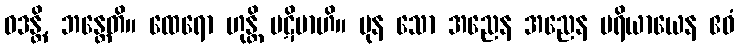
ဝဒန္တိ, ဘန္တေတိ။ ထေရော ဟုန္တိ ပဋိဗာဟိ။ ပုန သော အညေန အညေန ပရိယာယေန ဧဝံ